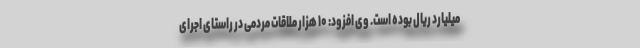
میلیارد ریال بوده است. وی افزود: ۱۰ هزار ملاقات مردمی در راستای اجرای